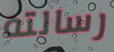
رسالته